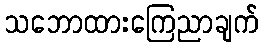
သဘောထားကြေညာချက်